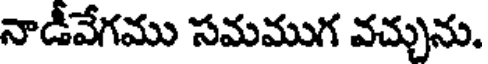
నాడీవేగము సమముగ వచ్చును.